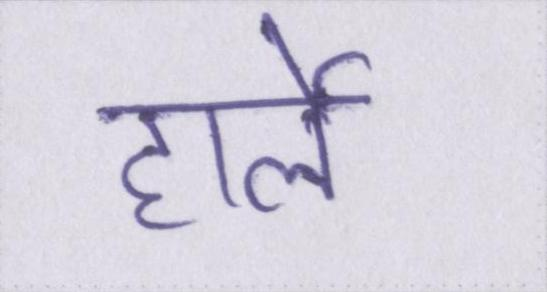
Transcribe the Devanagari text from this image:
हार्ले